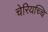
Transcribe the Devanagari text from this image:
चेरियच्चि